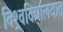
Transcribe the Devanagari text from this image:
विश्र्वविद्यालयात